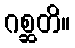
ဂစ္ဆတိ။